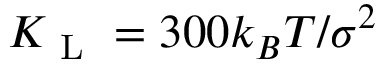
K _ { \mathrm { ~ L ~ } } = 3 0 0 k _ { B } T / \sigma ^ { 2 }